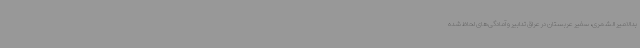
بدالامیر الشمری، سفیر عربستان در عراق تدابیر و آمادگی‌های لحاظ شده